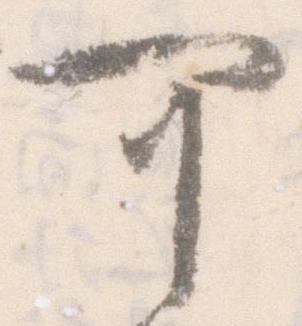
可